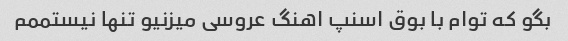
بگو که توام با بوق اسنپ اهنگ عروسی میزنیو تنها نیستممم